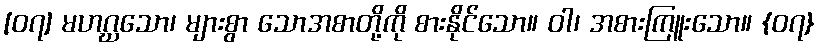
[၀၇] မဟဂ္ဃသော၊ များစွာ သောအစာတို့ကို စားနိုင်သော။ ဝါ၊ အစားကြူးသော။ {၀၇}